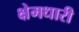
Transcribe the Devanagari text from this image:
क्षेमधारी